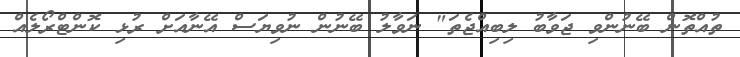
ތުއްތޮން ބޭނުންވި ޖަވާބު ލިބިއްޖެތަ" ނަވާލު ބޭނުން ނުވިޔަސް އޭނާއަށް ރުޅި ކޮންޓްރޯލެއް